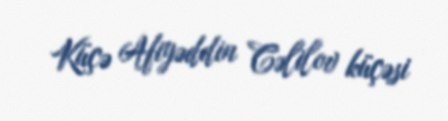
Küçə Afiyəddin Cəlilov küçəsi